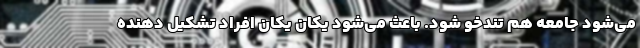
می‌شود جامعه هم تندخو شود. باعث می‌شود یکان یکان افراد تشکیل دهنده